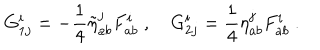
LaTeX: G _ { 1 j } ^ { i } = - \frac { 1 } { 4 } \tilde { \eta } _ { a b } ^ { j } F _ { a b } ^ { i } \ , \quad G _ { 2 j } ^ { i } = \frac { 1 } { 4 } \eta _ { a b } ^ { j } F _ { a b } ^ { i } \ .